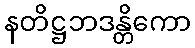
နတိဋ္ဌဘဒန္တိကော